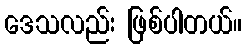
ဒေသလည်း ဖြစ်ပါတယ်။